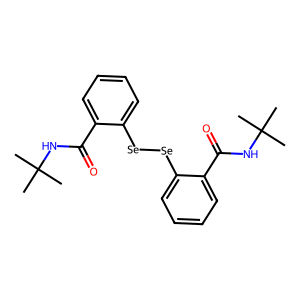
SMILES: CC(C)(C)NC(=O)c1ccccc1[Se][Se]c1ccccc1C(=O)NC(C)(C)C
Inhibits HIV replication: No